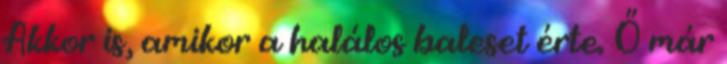
Akkor is, amikor a halálos baleset érte. Ő már